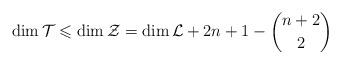
LaTeX: \begin{align*}\dim \mathcal{T}\leqslant \dim \mathcal{Z} = \dim \mathcal L+2n+1-{{n+2}\choose {2}}\end{align*}